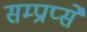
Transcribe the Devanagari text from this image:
सम्प्राप्से